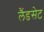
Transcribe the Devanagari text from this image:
लैंडसेट